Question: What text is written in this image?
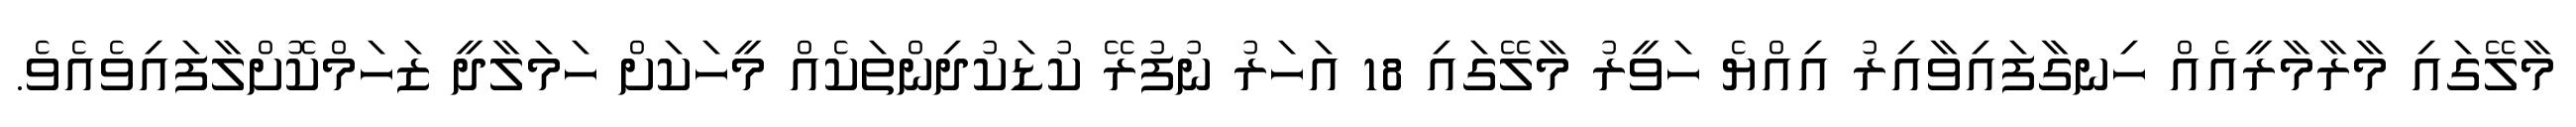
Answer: މާލޭގައި މާރާމާރީއެއް ހިނގާފައިވާއިރު އިއްޔެ ހަވީރު މާލޭގައި 18 އަހަރު ނުފުރޭ ކުޑަކުދިންތަކެއް މީހަކަށް ހަމަލާދީ ޒަހަމްކޮށްލާފައިވެއެވެ.